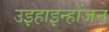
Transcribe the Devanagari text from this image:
उइहाइन्होंजन